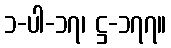
၁-ပါ-၁၇၊ ဋ္ဌ-၁၇၇။